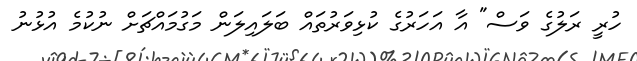
ހުރީ ރަލުގެ ވަސް" އާ އަހަރުގެ ކުޅިވަރުތައް ބަލައިލަން މަގުމައްޗަށް ނުކުމެ އުޅުނު